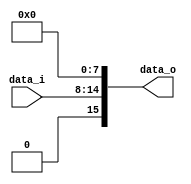
module Zero_Filled( data_i, data_o );

//I/O ports
input	[7-1:0] data_i;
output	[16-1:0] data_o;

//Internal Signals
wire	[16-1:0] data_o;

//Main function
assign data_o = {1'b0, data_i, {8{1'b0}}};

endmodule